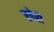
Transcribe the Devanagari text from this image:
एपेरो